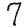
Digit: 7